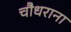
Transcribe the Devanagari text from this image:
चौधराना